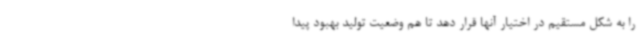
را به شکل مستقیم در اختیار آنها قرار دهد تا هم وضعیت تولید بهبود پیدا